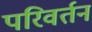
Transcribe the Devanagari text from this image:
परिवर्तन